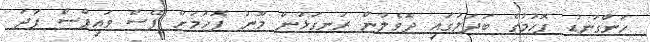
ހަންގަނޑު ފޮހުމުގެ ބަދަލުގައި ދޮވެލުން ރަނގަޅުން މޫނު ފޮހުމަށް ފޭސް ވައިޕްސް ފަދަ